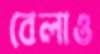
বেলাও